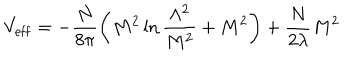
LaTeX: V _ { \mathrm { e f f } } = - \frac { N } { 8 \pi } \left( M ^ { 2 } \ln \frac { \Lambda ^ { 2 } } { M ^ { 2 } } + M ^ { 2 } \right) + \frac { N } { 2 { \lambda } } M ^ { 2 }